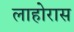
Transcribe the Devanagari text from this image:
लाहोरास